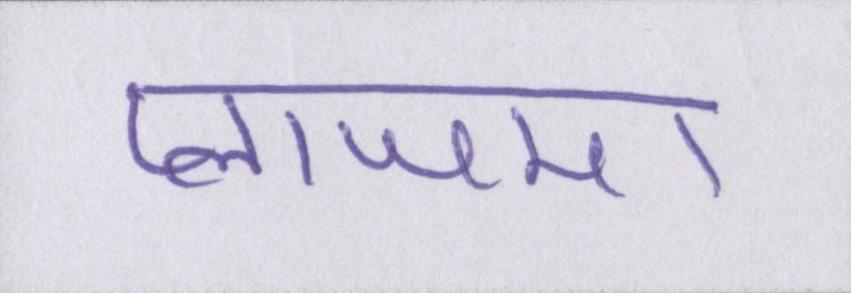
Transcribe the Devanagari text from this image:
प्लाजमा